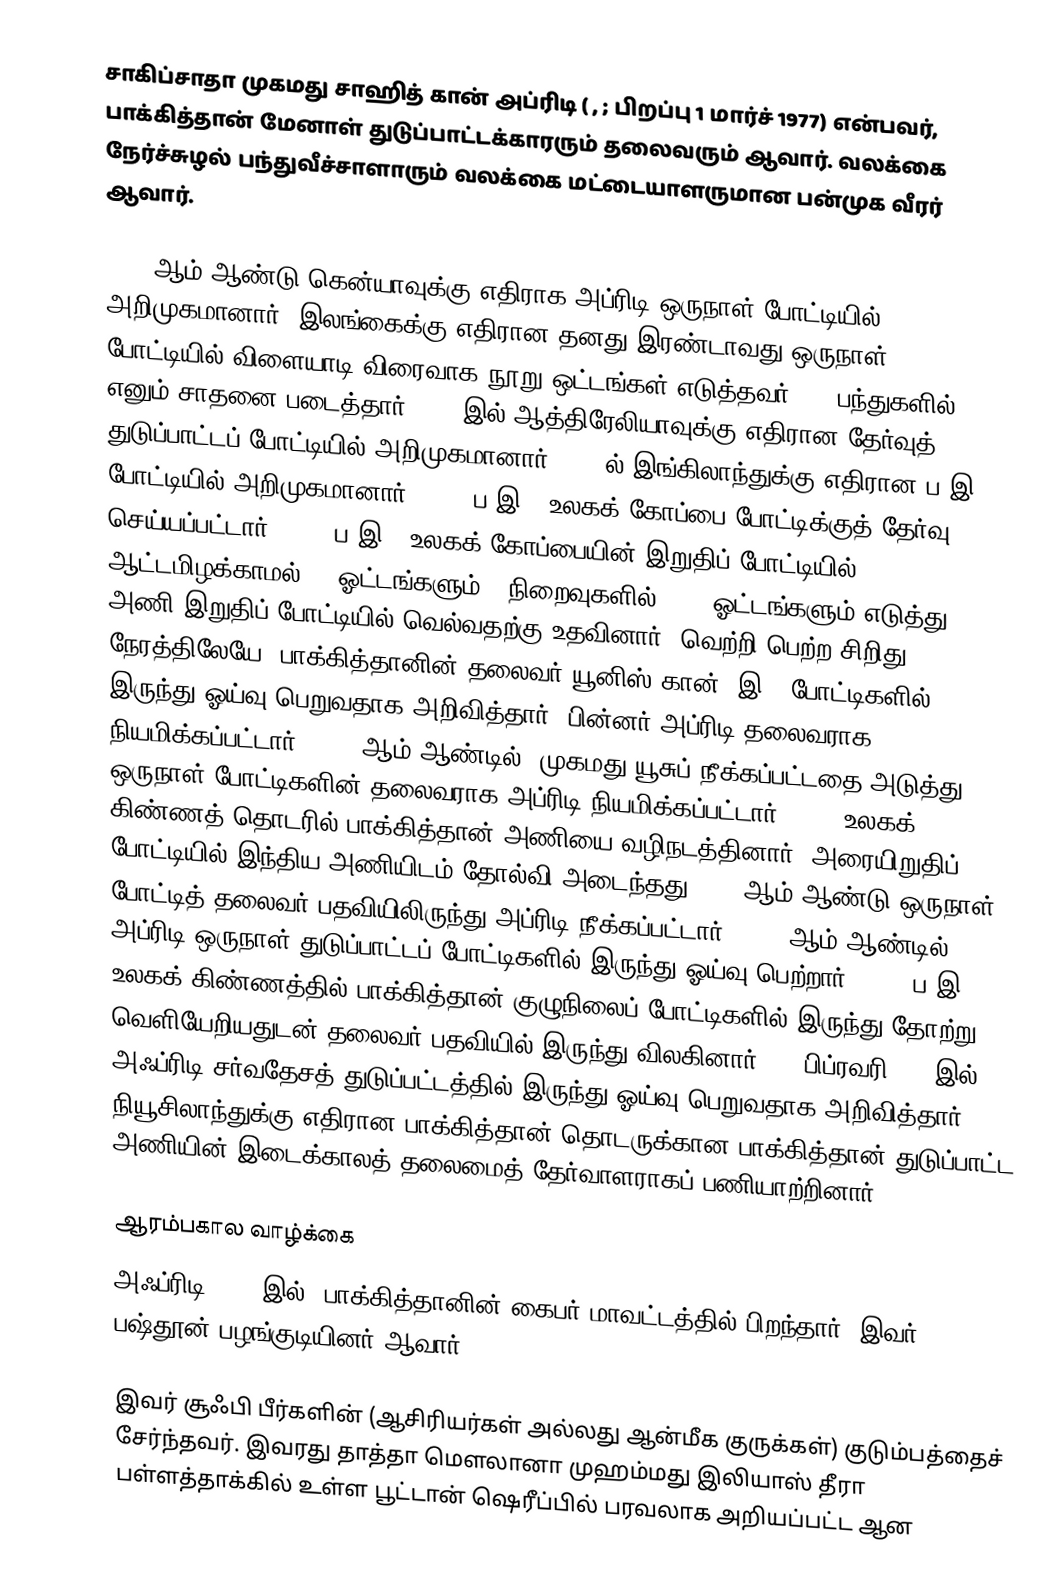
சாகிப்சாதா முகமது சாஹித் கான் அப்ரிடி (    , ; பிறப்பு 1 மார்ச் 1977) என்பவர், பாக்கித்தான் மேனாள் துடுப்பாட்டக்காரரும்  தலைவரும் ஆவார். வலக்கை நேர்ச்சுழல் பந்துவீச்சாளாரும் வலக்கை மட்டையாளருமான பன்முக வீரர் ஆவார்.

1996 ஆம் ஆண்டு கென்யாவுக்கு எதிராக அப்ரிடி ஒருநாள் போட்டியில் அறிமுகமானார். இலங்கைக்கு எதிரான தனது இரண்டாவது ஒருநாள் போட்டியில் விளையாடி விரைவாக நூறு ஒட்டங்கள் எடுத்தவர் (37 பந்துகளில்) எனும் சாதனை படைத்தார். 1998இல் ஆத்திரேலியாவுக்கு எதிரான தேர்வுத் துடுப்பாட்டப் போட்டியில் அறிமுகமானார். 2006ல் இங்கிலாந்துக்கு எதிரான    ப இ20 போட்டியில் அறிமுகமானார். 2007 ப இ20 உலகக் கோப்பை போட்டிக்குத் தேர்வு செய்யப்பட்டார். 2009 ப இ20 உலகக் கோப்பையின் இறுதிப் போட்டியில் ஆட்டமிழக்காமல் 54 ஓட்டங்களும் 4 நிறைவுகளில் 1/20 ஓட்டங்களும் எடுத்து அணி இறுதிப் போட்டியில் வெல்வதற்கு உதவினார். வெற்றி பெற்ற சிறிது நேரத்திலேயே, பாக்கித்தானின் தலைவர் யூனிஸ் கான், இ20 போட்டிகளில் இருந்து ஓய்வு பெறுவதாக அறிவித்தார், பின்னர் அப்ரிடி தலைவராக நியமிக்கப்பட்டார். 2010 ஆம் ஆண்டில், முகமது யூசுப் நீக்கப்பட்டதை அடுத்து ஒருநாள் போட்டிகளின் தலைவராக அப்ரிடி நியமிக்கப்பட்டார். 2011 உலகக் கிண்ணத் தொடரில் பாக்கித்தான் அணியை வழிநடத்தினார். அரையிறுதிப் போட்டியில் இந்திய அணியிடம் தோல்வி அடைந்தது. 2011ஆம் ஆண்டு ஒருநாள் போட்டித் தலைவர் பதவியிலிருந்து அப்ரிடி நீக்கப்பட்டார். 2015 ஆம் ஆண்டில், அப்ரிடி ஒருநாள் துடுப்பாட்டப் போட்டிகளில் இருந்து ஓய்வு பெற்றார். 2016 ப இ20 உலகக் கிண்ணத்தில் பாக்கித்தான் குழுநிலைப் போட்டிகளில் இருந்து தோற்று வெளியேறியதுடன் தலைவர் பதவியில் இருந்து விலகினார். 19 பிப்ரவரி 2017இல், அஃப்ரிடி சர்வதேசத் துடுப்பட்டத்தில் இருந்து ஓய்வு பெறுவதாக அறிவித்தார். நியூசிலாந்துக்கு எதிரான பாக்கித்தான் தொடருக்கான பாக்கித்தான் துடுப்பாட்ட அணியின் இடைக்காலத் தலைமைத் தேர்வாளராகப் பணியாற்றினார்.

ஆரம்பகால வாழ்க்கை
அஃப்ரிடி 1977 இல், பாக்கித்தானின் கைபர் மாவட்டத்தில் பிறந்தார். இவர் பஷ்தூன் பழங்குடியினர் ஆவார்.

இவர் சூஃபி பீர்களின் (ஆசிரியர்கள் அல்லது ஆன்மீக குருக்கள்) குடும்பத்தைச் சேர்ந்தவர். இவரது தாத்தா மௌலானா முஹம்மது இலியாஸ் தீரா பள்ளத்தாக்கில் உள்ள பூட்டான் ஷெரீப்பில் பரவலாக அறியப்பட்ட ஆன